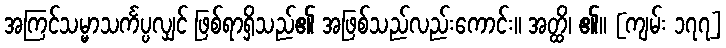
အကြင်သမ္မာသင်္ကပ္ပလျှင် ဖြစ်ရာရှိသည်၏ အဖြစ်သည်လည်းကောင်း။ အတ္ထိ၊ ၏။ [ကျမ်း ၁၇၇]